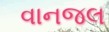
વાનજલ